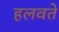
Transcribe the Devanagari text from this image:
हलवते